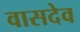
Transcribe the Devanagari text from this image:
वासदेव